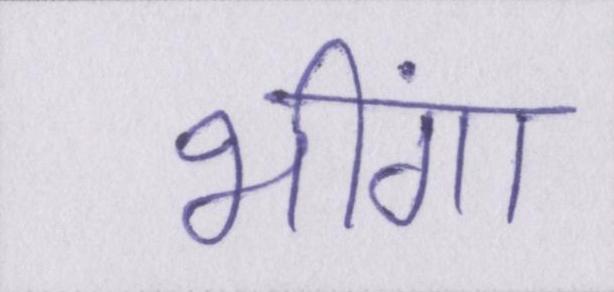
भींगा